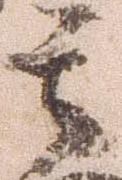
其